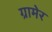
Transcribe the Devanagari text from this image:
ग्रामेर